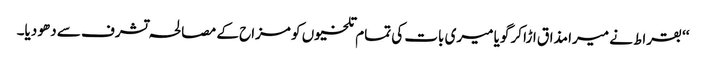
‘‘ بقراط نے میرا مذاق اڑا کر گویا میری بات کی تمام تلخیوں کو مزاح کے مصالحہ تشرف سے دھو دیا۔